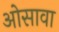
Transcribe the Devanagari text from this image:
ओसावा